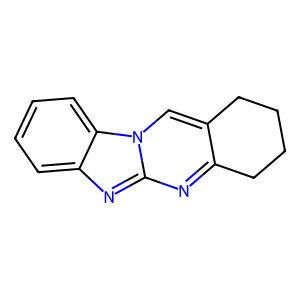
SMILES: c1ccc2c(c1)nc1nc3c(cn12)CCCC3
Inhibits HIV replication: No